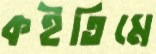
কইতিমে